Plague in India, 1896, 1897 - Volume 3
Year: 1896
Disease focus: Plague
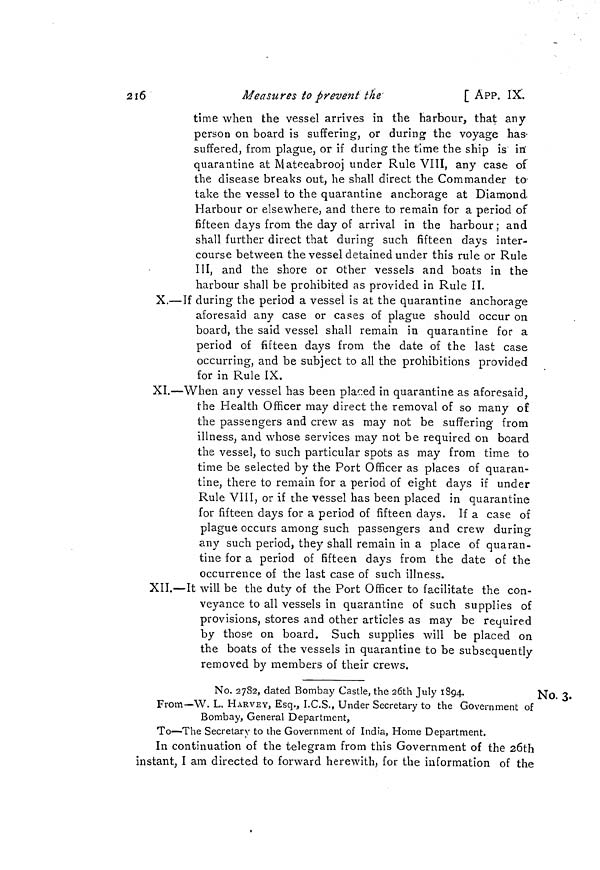
216
Measures to prevent the
[ APP. IX.
time when the vessel arrives in the harbour, that any
person on board is suffering, or during the voyage has
suffered, from plague, or if during the time the ship is in
quarantine at Mateeabrooj under Rule VIII, any case of
the disease breaks out, he shall direct the Commander to
take the vessel to the quarantine anchorage at Diamond
Harbour or elsewhere, and there to remain for a period of
fifteen days from the day of arrival in the harbour; and
shall further direct that during such fifteen days inter-
course between the vessel detained under this rule or Rule
III, and the shore or other vessels and boats in the
harbour shall be prohibited as provided in Rule II.
X.—If during the period a vessel is at the quarantine anchorage
aforesaid any case or cases of plague should occur on
board, the said vessel shall remain in quarantine for a
period of fifteen days from the date of the last case
occurring, and be subject to all the prohibitions provided
for in Rule IX.
XI.—When any vessel has been placed in quarantine as aforesaid,
the Health Officer may direct the removal of so many of
the passengers and crew as may not be suffering from
illness, and whose services may not be required on board
the vessel, to such particular spots as may from time to
time be selected by the Port Officer as places of quaran-
tine, there to remain for a period of eight days if under
Rule VIII, or if the vessel has been placed in quarantine
for fifteen days for a period of fifteen days. If a case of
plague occurs among such passengers and crew during
any such period, they shall remain in a place of quaran-
tine for a period of fifteen days from the date of the
occurrence of the last case of such illness.
XII.—It will be the duty of the Port Officer to facilitate the con-
veyance to all vessels in quarantine of such supplies of
provisions, stores and other articles as may be required
by those on board. Such supplies will be placed on
the boats of the vessels in quarantine to be subsequently
removed by members of their crews.
No. 3.
No. 2782, dated Bombay Castle, the 26th July 1894.
From—W. L. HARVEY, Esq., I.C.S., Under Secretary to the Government of
Bombay, General Department,
To—The Secretary to the Government of India, Home Department.
In continuation of the telegram from this Government of the 26th
instant, I am directed to forward herewith, for the information of the